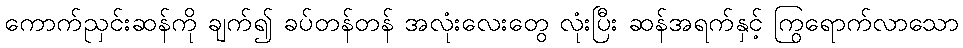
ကောက်ညှင်းဆန်ကို ချက်၍ ခပ်တန်တန် အလုံးလေးတွေ လုံးပြီး ဆန်အရက်နှင့် ကြွရောက်လာသော